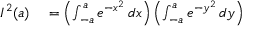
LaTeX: \begin{array} { r l } { I ^ { 2 } ( a ) } & { { } = \left( \int _ { - a } ^ { a } e ^ { - x ^ { 2 } } \, d x \right) \left( \int _ { - a } ^ { a } e ^ { - y ^ { 2 } } \, d y \right) } \end{array}